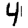
Digit: 4